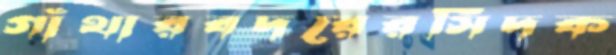
গাঁথারবদরেরসিঁদক